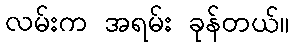
လမ်းက အရမ်း ခုန်တယ်။